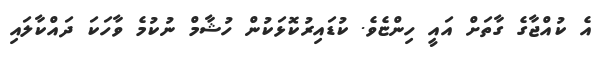
އެ ކުއްޖާގެ ގާތަށް އައީ ހިންޏެވެ. ކުޑައިރުކޮޅަކުން ހުޝާމް ނުކުމެ ވާހަކަ ދައްކާލައި